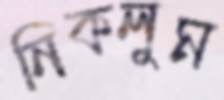
নিকলুম